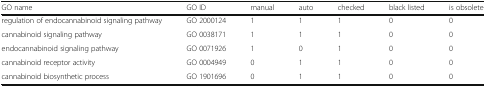
| GO name | GO ID | manual | auto | checked | black listed | is obsolete |
 | --- | --- | --- | --- | --- | --- | --- |
 | regulation of endocannabinoid signaling pathway | GO 2000124 | 1 | 1 | 1 | 0 | 0 |
 | cannabinoid signaling pathway | GO 0038171 | 1 | 1 | 1 | 0 | 0 |
 | endocannabinoid signaling pathway | GO 0071926 | 1 | 0 | 1 | 0 | 0 |
 | cannabinoid receptor activity | GO 0004949 | 0 | 1 | 1 | 0 | 0 |
 | cannabinoid biosynthetic process | GO 1901696 | 0 | 1 | 1 | 0 | 0 |